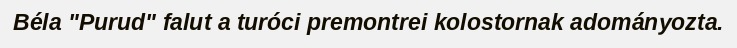
Béla "Purud" falut a turóci premontrei kolostornak adományozta.